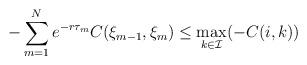
LaTeX: \begin{align*}-\sum_{m=1}^{N}e^{-r\tau_m}C(\xi_{m-1},\xi_m)\leq \max_{k\in\mathcal{I}}(-C(i,k))\end{align*}